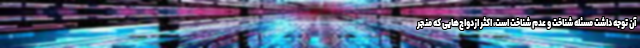
آن توجه داشت مسئله شناخت و عدم شناخت است، اکثر ازدواج‌هایی که منجر